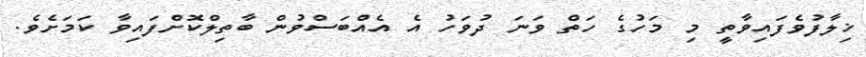
ޚިލާފުވެފައިވާތީ މި މަހުގެ ހަތް ވަނަ ދުވަހު އެ އެއްބަސްވުން ބާތިލްކޮށްފައިވާ ކަމަށެވެ.